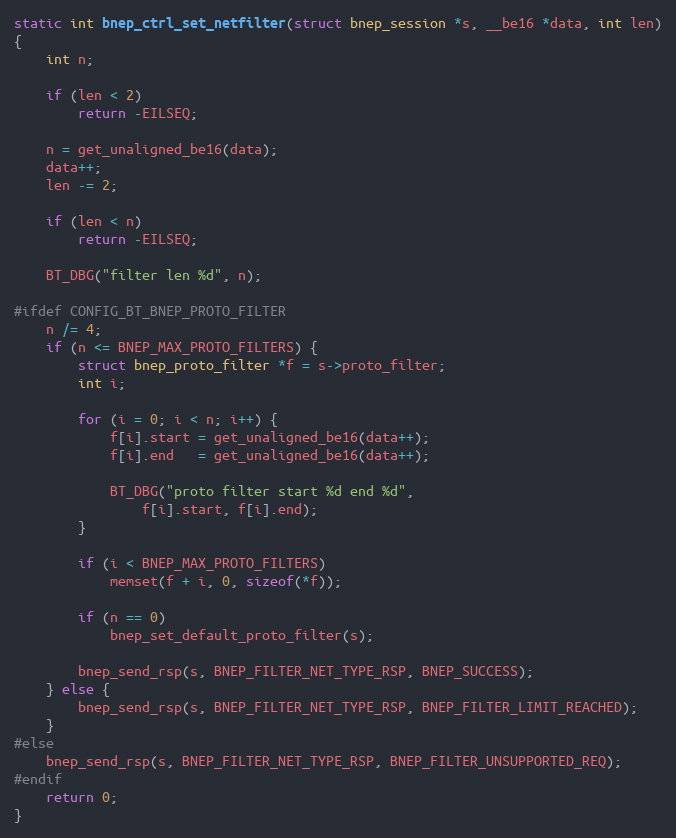
Language: C
static int bnep_ctrl_set_netfilter(struct bnep_session *s, __be16 *data, int len)
{
	int n;

	if (len < 2)
		return -EILSEQ;

	n = get_unaligned_be16(data);
	data++;
	len -= 2;

	if (len < n)
		return -EILSEQ;

	BT_DBG("filter len %d", n);

#ifdef CONFIG_BT_BNEP_PROTO_FILTER
	n /= 4;
	if (n <= BNEP_MAX_PROTO_FILTERS) {
		struct bnep_proto_filter *f = s->proto_filter;
		int i;

		for (i = 0; i < n; i++) {
			f[i].start = get_unaligned_be16(data++);
			f[i].end   = get_unaligned_be16(data++);

			BT_DBG("proto filter start %d end %d",
				f[i].start, f[i].end);
		}

		if (i < BNEP_MAX_PROTO_FILTERS)
			memset(f + i, 0, sizeof(*f));

		if (n == 0)
			bnep_set_default_proto_filter(s);

		bnep_send_rsp(s, BNEP_FILTER_NET_TYPE_RSP, BNEP_SUCCESS);
	} else {
		bnep_send_rsp(s, BNEP_FILTER_NET_TYPE_RSP, BNEP_FILTER_LIMIT_REACHED);
	}
#else
	bnep_send_rsp(s, BNEP_FILTER_NET_TYPE_RSP, BNEP_FILTER_UNSUPPORTED_REQ);
#endif
	return 0;
}